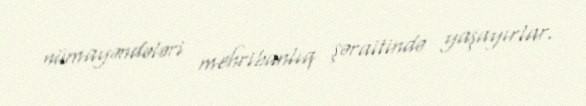
nümayəndələri mehribanlıq şəraitində yaşayırlar.